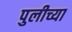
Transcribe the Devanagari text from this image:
पुलीच्या